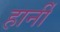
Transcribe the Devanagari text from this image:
हार्नी